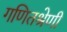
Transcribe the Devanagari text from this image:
गणितश्रेणी